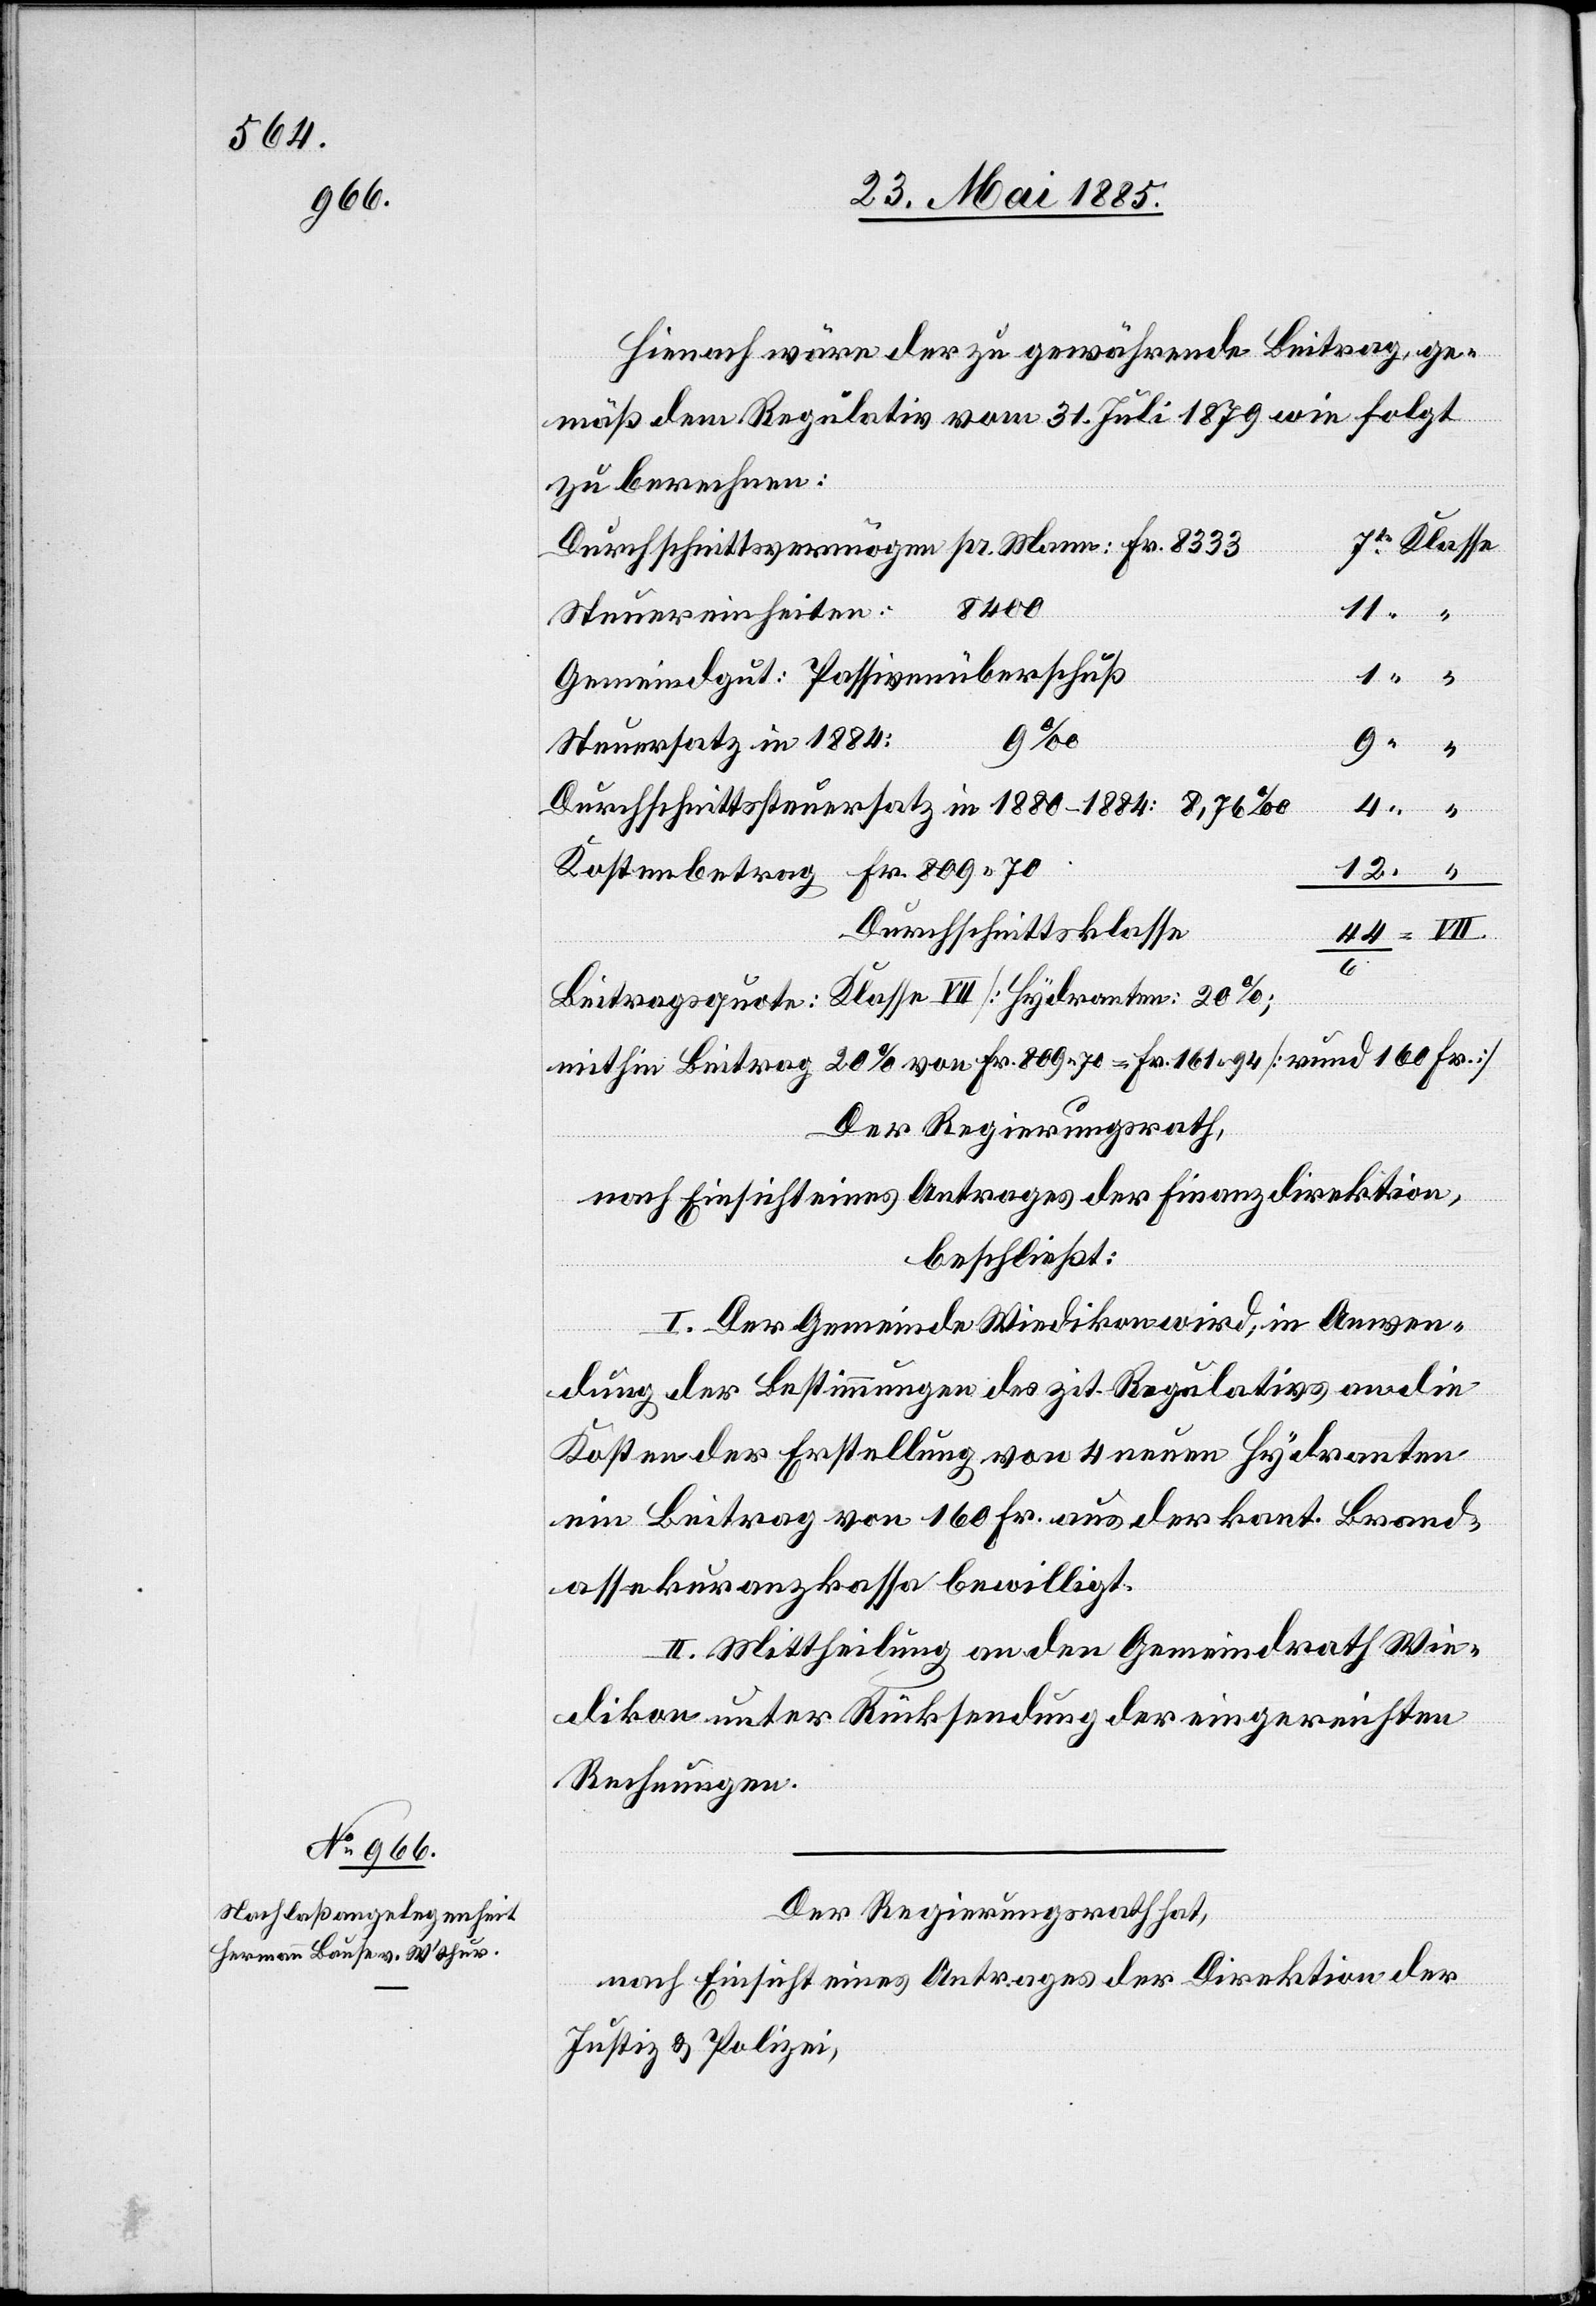
Hienach wäre der zu gewährende Beitrag ge¬
mäß dem Regulativ vom 31. Juli 1879 wie folgt
zu berechnen:
Durchschnittsvermögen pr. Mann: Fr. 8333
8400
11
Steuereinheiten:
Gemeindgut: Passivenüberschuß
Steuersatz in 1884:
9
“
Durchschnittssteuersatz in 1880–1884: 8,76‰
4
Kostenbetrag Fr. 809 70
Durchschnittsklasse
Beitragsquote: Klasse VII [Hydranten: 20%;
mithin Beitrag 20% von Fr. 809 70 = Fr. 161 94 rund 160 Fr.]
Der Regierungsrath,
nach Einsicht eines Antrages der Finanzdirektion,
beschließt:
I. Der Gemeinde Wiedikon wird, in Anwen¬
Klasse
dung der Bestimmungen des zit. Regulativs an die
Kosten der Erstellung von 4 neuen Hydranten
ein Beitrag von 160 Fr. aus der kant. Brand¬
assekuranzkassa bewilligt.
II. Mittheilung an den Gemeindrath Wie¬
dikon unter Rücksendung der eingereichten
Rechnungen.
Der Regierungsrath hat,
nach Einsicht eines Antrages der Direktion der
Justiz & Polizei,